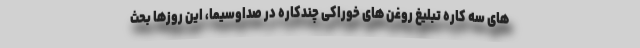
های سه کاره تبلیغ روغن های خوراکی چندکاره در صداوسیما، این روزها بحث